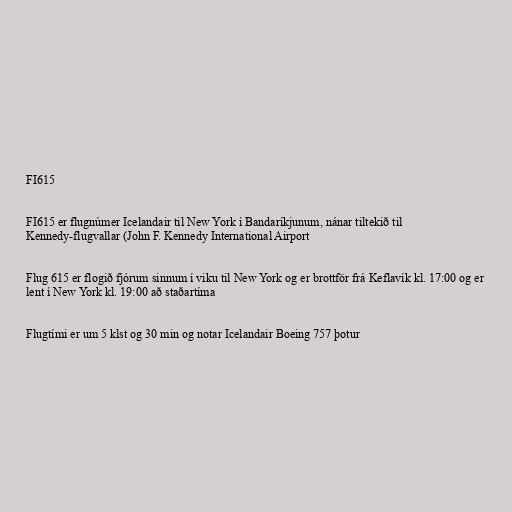
FI615

FI615 er flugnúmer Icelandair til New York í Bandaríkjunum, nánar tiltekið til
Kennedy-flugvallar (John F. Kennedy International Airport

Flug 615 er flogið fjórum sinnum í viku til New York og er brottför frá Keflavík kl. 17:00 og er
lent í New York kl. 19:00 að staðartíma

Flugtími er um 5 klst og 30 min og notar Icelandair Boeing 757 þotur